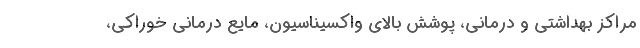
مراکز بهداشتی و درمانی، پوشش بالای واکسیناسیون، مایع درمانی خوراکی،